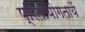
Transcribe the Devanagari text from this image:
प्रितयोिगतायें